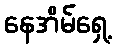
နေအိမ်ရှေ့